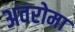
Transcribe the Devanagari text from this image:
अवरोमा